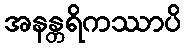
အနန္တရိကဿာပိ